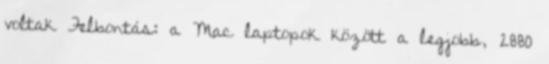
voltak Felbontás: a Mac laptopok között a legjobb, 2880